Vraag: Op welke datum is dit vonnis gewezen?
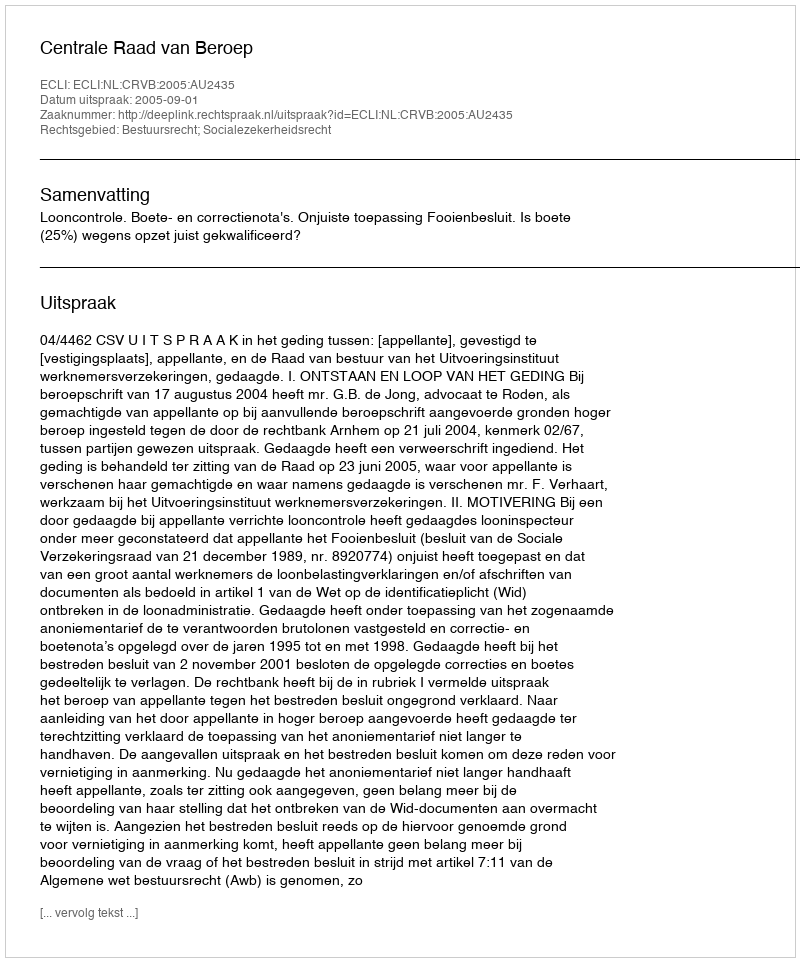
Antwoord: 2005-09-01